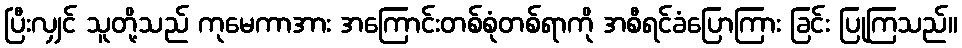
ပြီးလျှင် သူတို့သည် ကုမေကာအား အကြောင်းတစ်စုံတစ်ရာကို အစီရင်ခံပြောကြား ခြင်း ပြုကြသည်။